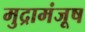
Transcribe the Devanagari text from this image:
मुद्रामंजूष